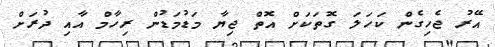
އޭރު ޖެހިގެން ކަހަލަ ގޮތަކަށް އޮތް ޖިޔާ މަޑުމަޑުން ރިހާމް އާއި ދުރަށް